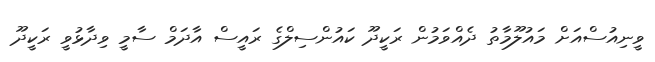
ވީނިއުސްއަށް މައުލޫމާތު ދެއްވަމުން ރަކީދޫ ކައުންސިލްގެ ރައީސް އާދަމް ސާމީ ވިދާޅުވީ ރަކީދޫ